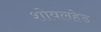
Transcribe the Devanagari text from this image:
शोवलहेड